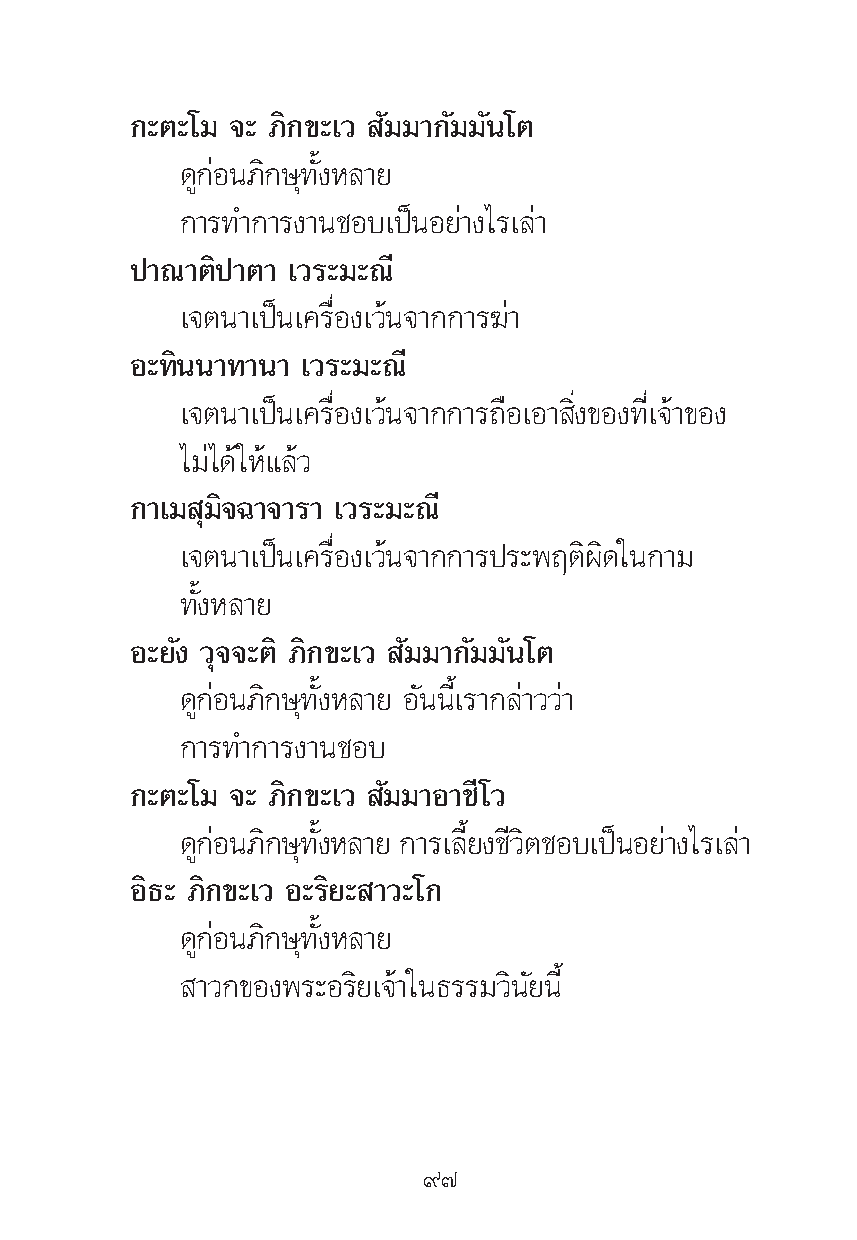
°–μ–‚¡ ®– ¿‘°¢–‡« —¡¡“°—¡¡—π‚μ
 ¥Ÿ°àÕπ¿‘°…ÿ∑—ÈßÀ≈“¬
 °“√∑”°“√ß“π™Õ∫‡ªìπÕ¬à“ß‰√‡≈à“
 ª“≥“μ‘ª“μ“ ‡«√–¡–≥’
 ‡®μπ“‡ªìπ‡§√◊ËÕß‡«âπ®“°°“√¶à“
 Õ–∑‘ππ“∑“π“ ‡«√–¡–≥’
 ‡®μπ“‡ªìπ‡§√◊ËÕß‡«âπ®“°°“√∂◊Õ‡Õ“ ‘Ëß¢Õß∑’Ë‡®â“¢Õß
 ‰¡à‰¥â„Àâ·≈â«
 °“‡¡ ÿ¡‘®©“®“√“ ‡«√–¡–≥’
 ‡®μπ“‡ªìπ‡§√◊ËÕß‡«âπ®“°°“√ª√–æƒμ‘º‘¥„π°“¡
 ∑—ÈßÀ≈“¬
 Õ–¬—ß «ÿ®®–μ‘ ¿‘°¢–‡« —¡¡“°—¡¡—π‚μ
 ¥Ÿ°àÕπ¿‘°…ÿ∑—ÈßÀ≈“¬ Õ—ππ’È‡√“°≈à“««à“
 °“√∑”°“√ß“π™Õ∫
 °–μ–‚¡ ®– ¿‘°¢–‡« —¡¡“Õ“™’‚«
 ¥°Ÿ àÕπ¿°‘ …∑ÿ ßÈ— À≈“¬ °“√‡≈¬È’ ß™«’ μ‘ ™Õ∫‡ªπì Õ¬“à ß‰√‡≈“à
 Õ‘∏– ¿‘°¢–‡« Õ–√‘¬– “«–‚°
 ¥Ÿ°àÕπ¿‘°…ÿ∑—ÈßÀ≈“¬
 “«°¢Õßæ√–Õ√‘¬‡®â“„π∏√√¡«‘π—¬π’È
 ˘˜